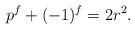
LaTeX: \begin{align*}p^f + (-1)^f = 2r^2.\end{align*}